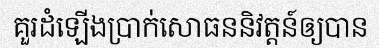
គួរដំឡើងប្រាក់សោធននិវត្តន៍ឲ្យបាន